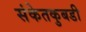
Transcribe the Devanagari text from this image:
संकेतकुबडी